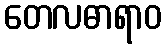
တေလဓာရာဝ